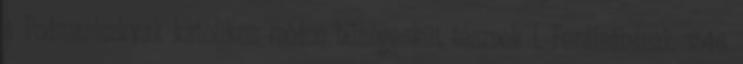
a Podmaniczkyak katolikus módon hűségesküt tesznek I. Ferdinándnak. 1546.